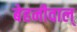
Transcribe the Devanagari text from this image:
बेहनीवाल्